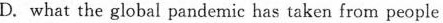
D. what the global pandemic has taken from people